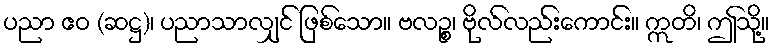
ပညာ ဧဝ (ဆဋ္ဌ)၊ ပညာသာလျှင် ဖြစ်သော။ ဗလဉ္စ၊ ဗိုလ်လည်းကောင်း။ ဣတိ၊ ဤသို့။